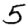
Digit: 5